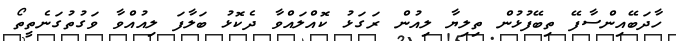
ހާދަބޭއިންސާފޭ ތިބޭފުުޅުން ތިލިޔާ ލިއުން ރަގަޅު ކޮއްލައްވާ ދެކޮޅު ބަލާފަ ލިއުއްވާ ވަގުތުގަނެތީތޯ